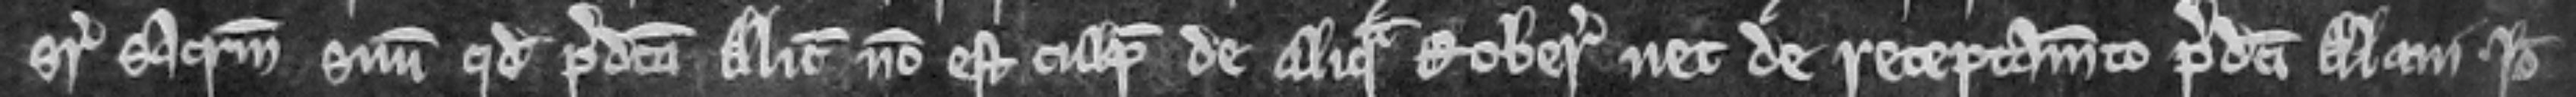
super sacramentum suum quod predicta Alicia non est culpabilis de aliqua roberia nec de receptamento predicti Alani. Ideo